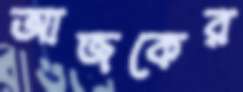
আজকের